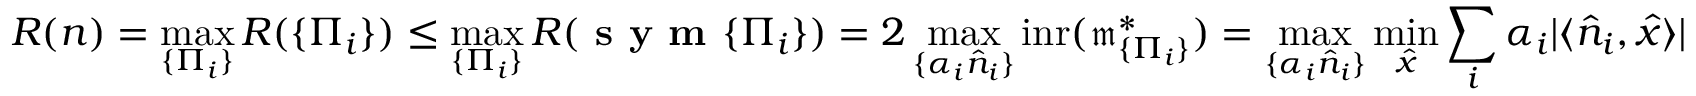
R ( n ) = \operatorname* { m a x } _ { \{ \Pi _ { i } \} } R ( { \{ \Pi _ { i } \} } ) \le \operatorname* { m a x } _ { \{ \Pi _ { i } \} } R ( { \mathrm { \textbf { s y m } } \{ \Pi _ { i } \} } ) = 2 \operatorname* { m a x } _ { \{ \alpha _ { i } \hat { n } _ { i } \} } \mathrm { i n r } ( \mathfrak { m } _ { \{ \Pi _ { i } \} } ^ { * } ) = \operatorname* { m a x } _ { \{ \alpha _ { i } \hat { n } _ { i } \} } \operatorname* { m i n } _ { \hat { x } } \sum _ { i } \alpha _ { i } | \langle \hat { n } _ { i } , \hat { x } \rangle |